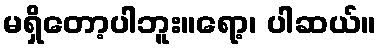
မရှိတော့ပါဘူး။ရော့၊ ပါဆယ်။